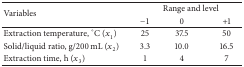
| <ROWSPAN=2> Variables | <COLSPAN=3> Range and level |
 | −1 | 0 | +1 |
 | --- | --- | --- | --- |
 | Extraction temperature, °C (x1) | 25 | 37.5 | 50 |
 | Solid/liquid ratio, g/200 mL (x2) | 3.3 | 10.0 | 16.5 |
 | Extraction time, h (x3) | 1 | 4 | 7 |